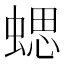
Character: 𧍤